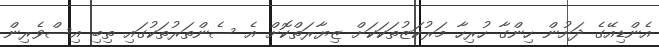
އެންޑިއޭގެ ދަށުން ހިންގާ ހުރިހާ މަރުކަޒުތަކަކަށް ޒިޔާރަތްކޮށް އެ ސެންތަރުތަކުގައި ތިބި އިސްވެރިން